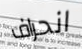
انحراف